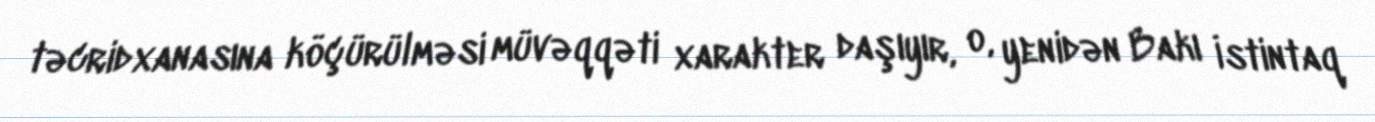
təcridxanasına köçürülməsi müvəqqəti xarakter daşıyır, o, yenidən Bakı İstintaq